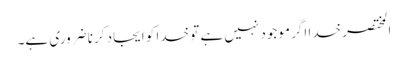
المختصر خدا اگر موجود نہیں ہے تو خدا کو ایجاد کرنا ضروری ہے۔